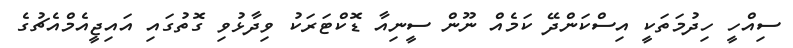
ސިއްހީ ހިދުމަތަކީ އިސްކަންދޭ ކަމެއް ނޫން ސީނިއާ ޑޮކްޓަރަކު ވިދާޅުވި ގޮތުގައި އައިޖީއެމްއެޗުގެ